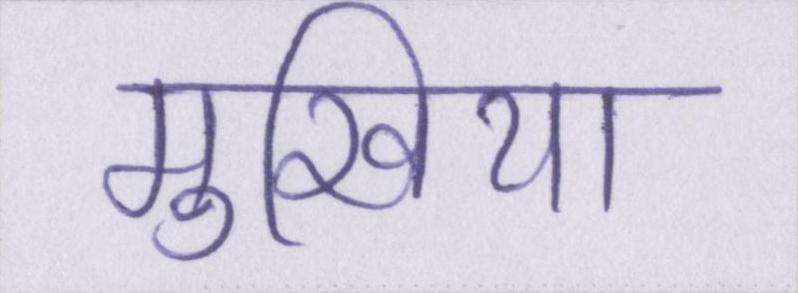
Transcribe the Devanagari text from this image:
मुखिया